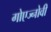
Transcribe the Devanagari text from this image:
गोएज्नोवी